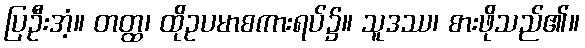
ပြဦးအံ့။ တတ္ထ၊ ထိုဥပမာစကားရပ်၌။ သူဒဿ၊ စားဖိုသည်၏။